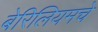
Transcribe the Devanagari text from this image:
बेरिलियमचे